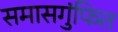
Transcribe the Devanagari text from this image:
समासगुंफित